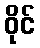
ဝိုင်